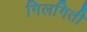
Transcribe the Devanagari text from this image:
गिलगिती